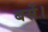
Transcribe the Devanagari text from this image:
बसें।